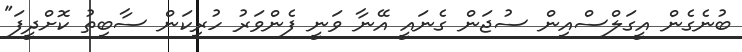
ބުނެގެން އީގަލްސްއިން ސުޖަން ގެނައީ އޭނާ ވަނީ ފެންވަރު ހުރިކަން ސާބިތު ކޮށްދީފަ"